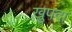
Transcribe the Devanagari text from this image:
खुपदा